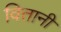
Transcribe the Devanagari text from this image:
वितानी